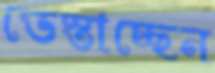
ভেস্তাচ্ছেন